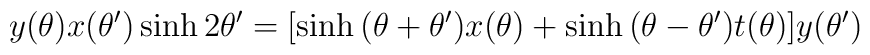
y(\theta)x(\theta^\prime)\sinh2\theta^\prime=[\sinh{(\theta+\theta^\prime)} x(\theta) +\sinh{(\theta-\theta^\prime)} t(\theta)] y(\theta^\prime)